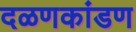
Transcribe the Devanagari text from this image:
दळणकांडण